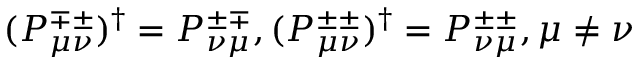
( P _ { \mu \nu } ^ { \mp \pm } ) ^ { \dag } = P _ { \nu \mu } ^ { \pm \mp } , ( P _ { \mu \nu } ^ { \pm \pm } ) ^ { \dag } = P _ { \nu \mu } ^ { \pm \pm } , \mu \neq \nu